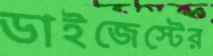
ডাইজেস্টের